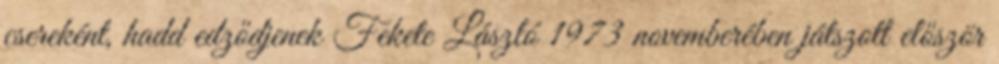
csereként, hadd edződjenek Fekete László 1973 novemberében játszott először